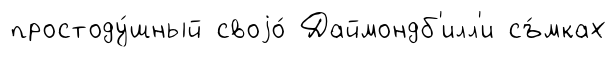
простоду́шный своjо́ Даймондб'илл'и съ́мках